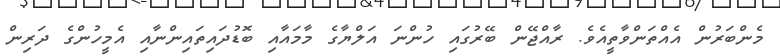
މެންބަރުން އެއްތަންވާތީއެވެ. ރާއްޖޭން ބޭރުގައި ހުންނަ އަލްޔާގެ މާމައާއި ބޮޑުދައިތައިންނާއި އެމީހުންގެ ދަރިން